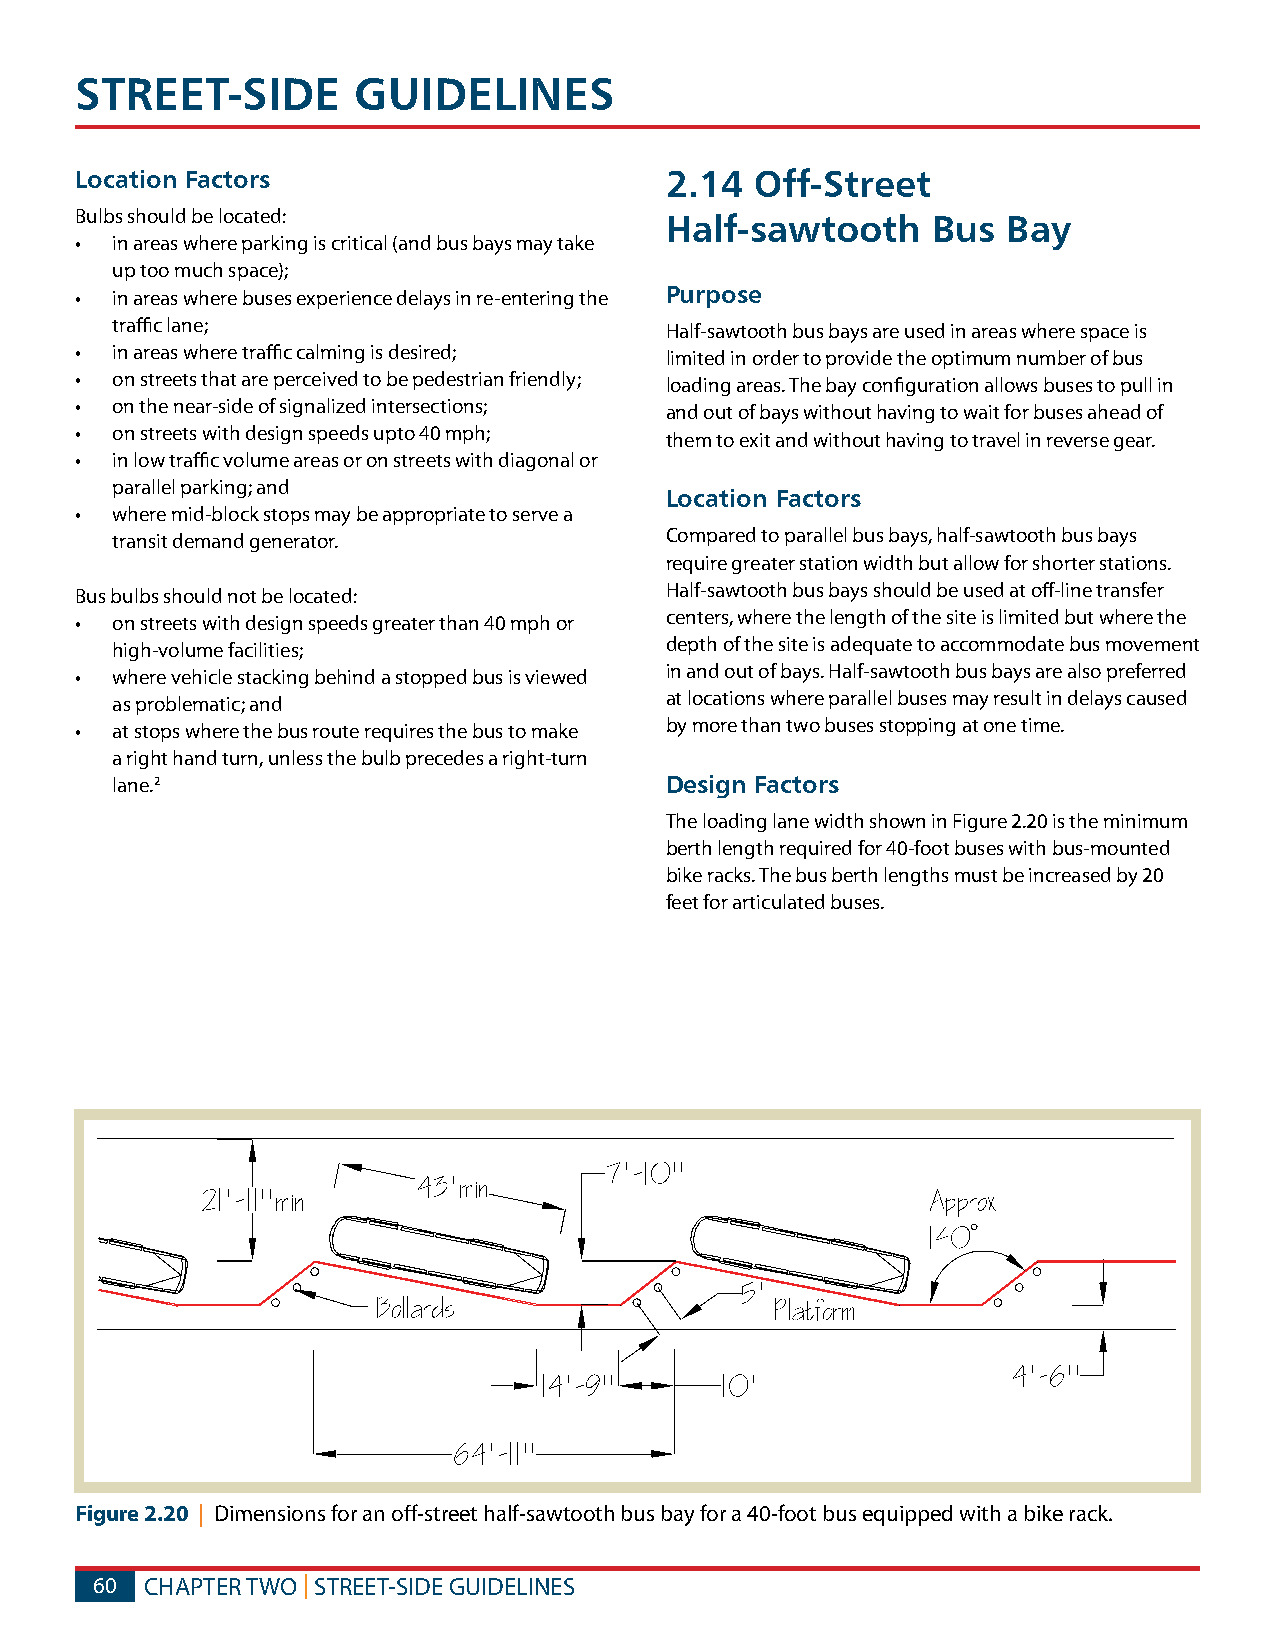
STREET-SIDE       GUIDELINES
 Location Factors                       2.14  Off-Street
 Bulbs should be located:               Half-sawtooth     Bus  Bay
 • in areas where parking is critical (and bus bays may take
 up too much space);
 • in areas where buses experience delays in re-entering the Purpose
 traffic lane;
 Half-sawtooth bus bays are used in areas where space is
 • in areas where traffic calming is desired;
 limited in order to provide the optimum number of bus
 • on streets that are perceived to be pedestrian friendly;
 loading areas. The bay configuration allows buses to pull in
 • on the near-side of signalized intersections;
 and out of bays without having to wait for buses ahead of
 • on streets with design speeds upto 40 mph;
 them to exit and without having to travel in reverse gear.
 • in low traffic volume areas or on streets with diagonal or
 parallel parking; and
 Location Factors
 • where mid-block stops may be appropriate to serve a
 transit demand generator.            Compared to parallel bus bays, half-sawtooth bus bays
 require greater station width but allow for shorter stations.
 Bus bulbs should not be located:       Half-sawtooth bus bays should be used at off-line transfer
 • on streets with design speeds greater than 40 mph or centers, where the length of the site is limited but where the
 high-volume facilities;              depth of the site is adequate to accommodate bus movement
 • where vehicle stacking behind a stopped bus is viewed in and out of bays. Half-sawtooth bus bays are also preferred
 as problematic; and                  at locations where parallel buses may result in delays caused
 • at stops where the bus route requires the bus to make by more than two buses stopping at one time.
 a right hand turn, unless the bulb precedes a right-turn
 lane.2                               Design Factors
 The loading lane width shown in Figure 2.20 is the minimum
 berth length required for 40-foot buses with bus-mounted
 bike racks. The bus berth lengths must be increased by 20
 feet for articulated buses.
 Figure 2.20 | Dimensions for an off-street half-sawtooth bus bay for a 40-foot bus equipped with a bike rack.
 60  CHAPTER TWO | STREET-SIDE GUIDELINES